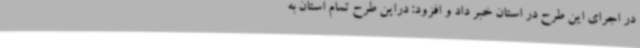
در اجرای این طرح در استان خبر داد و افزود: دراین طرح تمام استان به